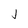
Character: J